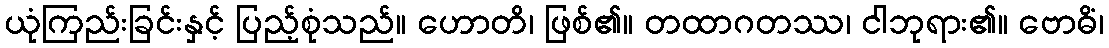
ယုံကြည်းခြင်းနှင့် ပြည့်စုံသည်။ ဟောတိ၊ ဖြစ်၏။ တထာဂတဿ၊ ငါဘုရား၏။ ဗောဓိံ၊